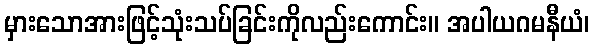
မှားသောအားဖြင့်သုံးသပ်ခြင်းကိုလည်းကောင်း။ အပါယဂမနီယံ၊